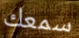
سمعك